Document type: Testament
Year: 1300
Scribe: Bonanat d'Esparreguera
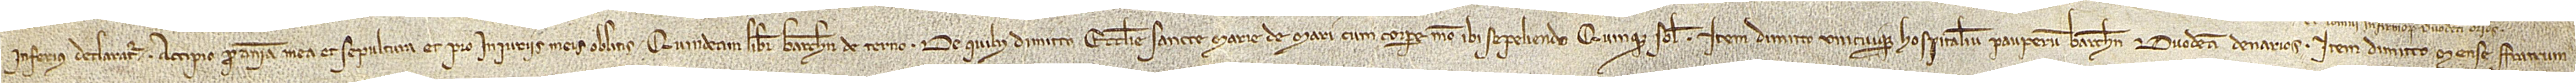
inferius declaratur. Accipio pro anima mea et sepultura et pro iniuriis meis oblitis quindecim libre Barchinone de terno, de quibus dimitto ecclesie Sancte Marie de Mari cum corpore meo ibi sepeliendo quinque solidos. Item, dimitto unicuique hospitalium pauperum Barchinone duodecim denarios.  Item, dimitto mense fratrum